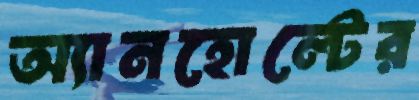
অ্যানহোল্টের